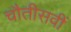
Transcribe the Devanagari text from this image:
चौतीसवीं